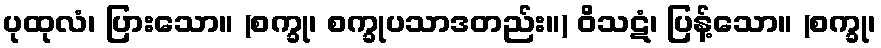
ပုထုလံ၊ ပြားသော။ (စက္ခု၊ စက္ခုပသာဒတည်း။) ဝိသဋံ၊ ပြန့်သော။ (စက္ခု၊